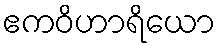
ဧကဝိဟာရိယော